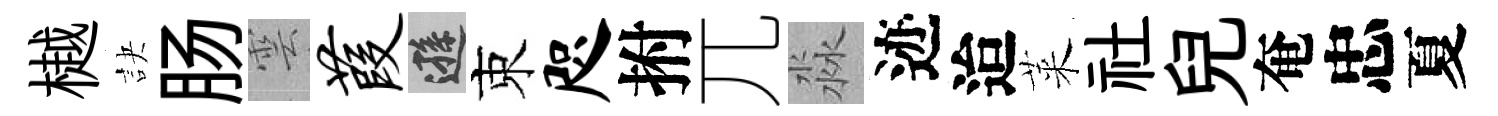
樾訣肠雲葭遜束咫拊兀淼迹迨萊社兒奄忠夏